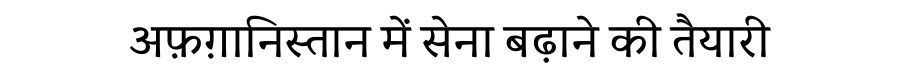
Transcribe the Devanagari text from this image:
अफ़ग़ानिस्तान में सेना बढ़ाने की तैयारी